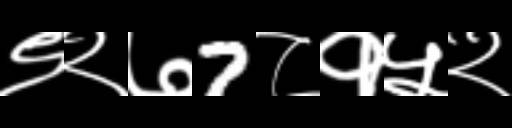
Text: ९२७7८१५२